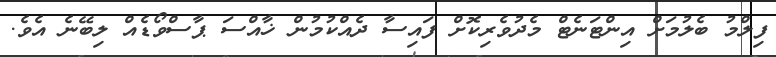
ފިލްމު ބެލުމަށް އިންޓަނެޓް މެދުވެރިކޮށް ފައިސާ ދެއްކުމުން ޚާއްސަ ޕާސްވޯޑެއް ލިބޭނެ އެވެ.